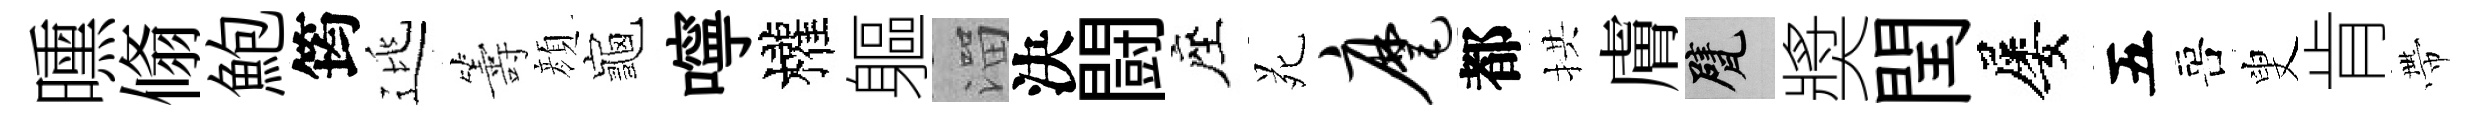
曛翛鮑筠逃籌顔龜嚀權軀溜決闘座苑麾都拱膚甓奬閏屡五喜叟肯帶